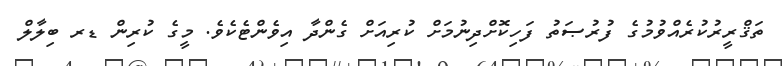
ތަޤްރީރުކުރެއްވުމުގެ ފުރުޞަތު ފަހިކޮށްދިނުމަށް ކުރިއަށް ގެންދާ އިވެންޓެކެވެ. މީގެ ކުރިން ޑރ ބިލާލް